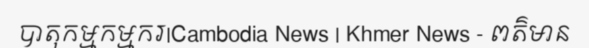
បាតុកម្មកម្មករ|Cambodia News | Khmer News - ពត៌មាន